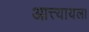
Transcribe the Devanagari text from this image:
आत्त्यायला